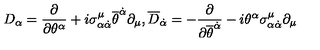
D _ { \alpha } = \frac { \partial } { \partial \theta ^ { \alpha } } + i \sigma _ { \alpha { \dot { \alpha } } } ^ { \mu } { \overline { \theta } } ^ { \dot { \alpha } } \partial _ { \mu } , { \overline { D } } _ { \dot { \alpha } } = - \frac { \partial } { \partial { \overline { \theta } } ^ { \dot { \alpha } } } - i \theta ^ { \alpha } \sigma _ { \alpha { \dot { \alpha } } } ^ { \mu } \partial _ { \mu }